Leaving Certificate Examination, 1919, 1919
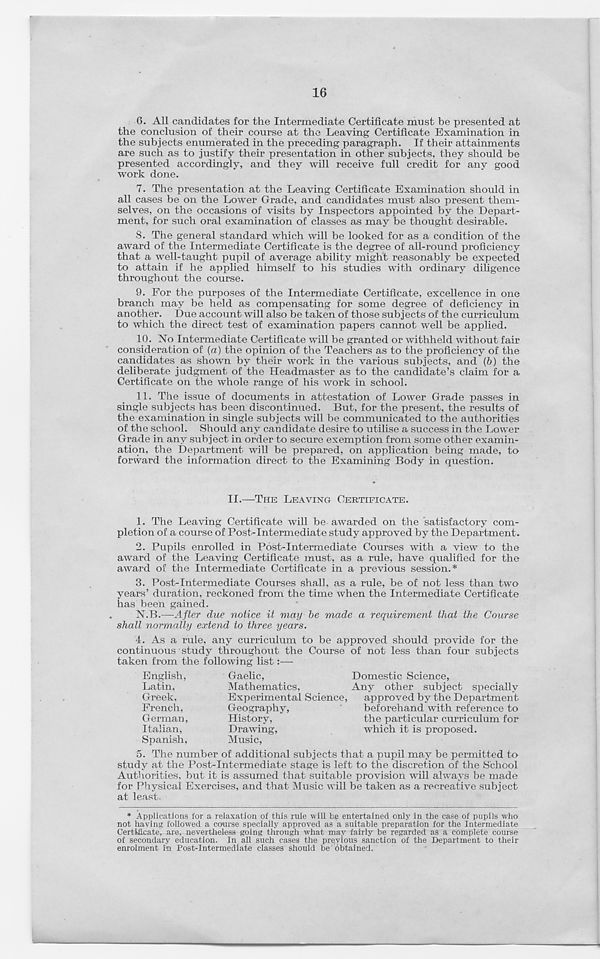
16
6. All candidates for the Intermediate Certificate must be presented at
the conclusion of their course at the Leaving Certificate Examination in
the subjects enumerated in the preceding paragraph. If their attainments
are such as to justify their presentation in other subjects, they should be
presented accordingly, and they will receive full credit for any good
work done.
7. The presentation at the Leaving Certificate Examination should in
all cases be on the Lower Grade, and candidates must also present them-
selves, on the occasions of visits by Inspectors appointed by the Depart-
ment, for such oral examination of classes as may be thought desirable.
S. The general standard which will be looked for as a condition of the
award of the Intermediate Certificate is the degree of all-round proficiency
that a well-taught pupil of average ability might reasonably be expected
to attain if he applied himself to his studies with ordinary diligence
throughout the course.
9. For the purposes of the Intermediate Certificate, excellence in one
branch may be held as compensating for some degree of deficiency in
another. Due account will also be taken of those subjects of the curriculum
to which the direct test of examination papers cannot well be applied.
10. No Intermediate Certificate will be granted or withheld without fair
consideration of (a) the opinion of the Teachers as to the proficiency of the
candidates as shown by their work in the various subjects, and” (6) the
deliberate judgment of the Headmaster as to the candidate’s claim for a
Certificate on the whole range of his work in school.
11. The issue of documents in attestation of Lower Grade passes in
single subjects has been discontinued. But, for the present, the results of
the examination in single subjects will be communicated to the authorities
of the school. Should any candidate desire to utilise a success in the Lower
Grade in any subject in order to secure exemption from some other examin-
ation, the Department will be prepared, on application being made, to
forward the information direct to the Examining Body in question.
II.—THE LEAVING CERTIFICATE.
1. The Leaving Certificate will be awarded on the satisfactory com-
pletion of a course of Post-Intermediate study approved by the Department .
2. Pupils enrolled in Post-Intermediate Courses with a view to the
award of the Leaving Certificate must, as a rule, have qualified for the
award of the Intermediate Certificate in a previous session.*
3. Post-Intermediate Courses shall, as a rule, be of not less than two
years’ duration, reckoned from the time when the Intermediate Certificate
has been gained.
N.B.—After due notice it may be made a requirement that the Course
shall normally extend to three years.
4. As a rule, any curriculum to be approved should provide for the
continuous ’ study throughout the Course of not less than four subjects
taken from the following list:—
English,
Latin,
Greek,
French,
German,
Italian,
Spanish,
Gaelic,
Domestic Science,
Mathematics,
Any other subject specially
Experimental Science,
approved by the Department
Geography,
beforehand with reference to
History,
the particular curriculum for
Drawing,
which it is proposed.
Music,
5.
The number of additional sub
study at the Post-Intermediate stage is left to the discretion of the School
Authorities, but it is assumed that suitable provision will always be made
for Physical Exercises, and that Music will be taken as a recreative subject
at least.
* Applications for a relaxation of this rule will be entertained only in the case of pupils who
not having followed a course specially approved as a suitable preparation for the Intermediate
Certificate,- are, nevertheless going through what may fairly be regarded as a complete course
of secondary education. In all such cases the previous sanction of the Department to their
enrolment in Post-Intermediate classes should be obtained.